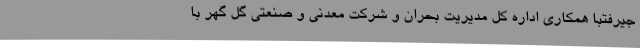
جیرفتبا همکاری اداره کل مدیریت بحران و شرکت معدنی و صنعتی گل گهر با